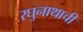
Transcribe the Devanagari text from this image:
रघुनाथाची